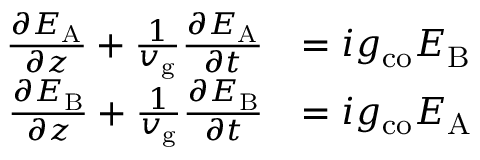
\begin{array} { r l } { \frac { \partial E _ { \mathrm { A } } } { \partial z } + \frac { 1 } { v _ { \mathrm { g } } } \frac { \partial E _ { \mathrm { A } } } { \partial t } } & { = i g _ { \mathrm { c o } } E _ { \mathrm { B } } } \\ { \frac { \partial E _ { \mathrm { B } } } { \partial z } + \frac { 1 } { v _ { \mathrm { g } } } \frac { \partial E _ { \mathrm { B } } } { \partial t } } & { = i g _ { \mathrm { c o } } E _ { \mathrm { A } } } \end{array}